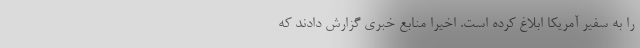
را به سفیر آمریکا ابلاغ کرده است. اخیرا منابع خبری گزارش دادند که